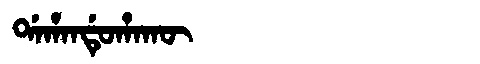
Manchu: ᡩᠠᡥᠠᠨᡩᡠᡥᠠᡴᡡ
Romanization: DAHANDUHAKŪ